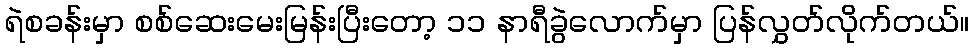
ရဲစခန်းမှာ စစ်ဆေးမေးမြန်းပြီးတော့ ၁၁ နာရီခွဲလောက်မှာ ပြန်လွှတ်လိုက်တယ်။